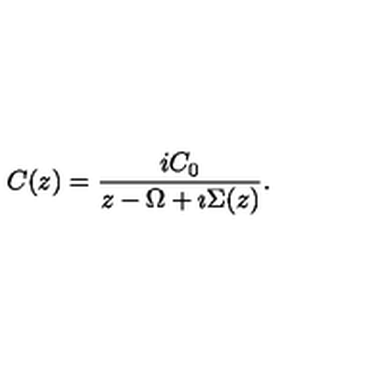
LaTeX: C ( z ) = \frac { i C _ { 0 } } { z - \Omega + \imath \Sigma ( z ) } .